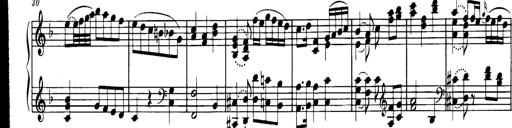
Title: Sonatine in C
Composer: Anton Eberl
Key: C major